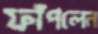
ফাঁপলেন